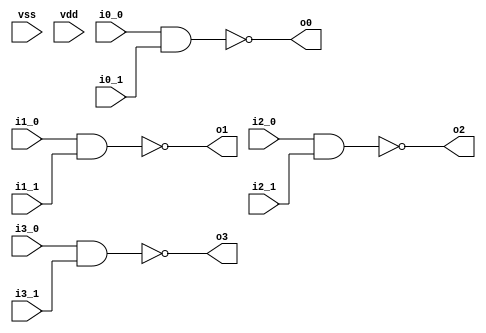
// This program was cloned from: https://github.com/revaldinho/cpc_ram_expansion
// License: GNU General Public License v3.0

/*
 * lib74.v
 * 
 * Verilog simulation models for 74 series ICs
 * 
 */

`ifdef DELAY_SIM
  `define AND2_DELAY    9
  `define NAND3_DELAY  10
  `define NAND2_DELAY   8
  `define NOR2_DELAY    8
  `define NOR3_DELAY   10
  `define OR2_DELAY    10
  `define DLAT_DELAY   15
  `define DFF_DELAY    17
`else
  `define AND2_DELAY   0
  `define NAND3_DELAY  0
  `define NAND2_DELAY  0
  `define NOR2_DELAY   0
  `define NOR3_DELAY   0
  `define OR2_DELAY    0
  `define DLAT_DELAY   0
  `define DFF_DELAY    0
`endif

// Quad nand2 74HCT00
module SN7400 (
               i0_0, i0_1, o0,
               i1_0, i1_1, o1,
               i2_0, i2_1, o2,
               i3_0, i3_1, o3,
               vss, vdd               
               );
  input i0_0, i0_1;
  input i1_0, i1_1;
  input i2_0, i2_1;
  input i3_0, i3_1;
  output o0;
  output o1;
  output o2;
  output o3;  
  input  vss, vdd;
  
  nand  #(`NAND2_DELAY) U0  ( o0, i0_0, i0_1);  
  nand  #(`NAND2_DELAY) U1  ( o1, i1_0, i1_1);  
  nand  #(`NAND2_DELAY) U2  ( o2, i2_0, i2_1);  
  nand  #(`NAND2_DELAY) U3  ( o3, i3_0, i3_1); 
endmodule

// Quad NOR2 74HCT02
module SN7402 (
               i0_0, i0_1, o0,
               i1_0, i1_1, o1,
               i2_0, i2_1, o2,
               i3_0, i3_1, o3,
               vss, vdd               
               );
  input i0_0, i0_1;
  input i1_0, i1_1;
  input i2_0, i2_1;
  input i3_0, i3_1;
  output o0;
  output o1;
  output o2;
  output o3;  
  input  vss, vdd;
  
  nor #(`NOR2_DELAY) U0  ( o0, i0_0, i0_1);  
  nor #(`NOR2_DELAY) U1  ( o1, i1_0, i1_1);  
  nor #(`NOR2_DELAY) U2  ( o2, i2_0, i2_1);  
  nor #(`NOR2_DELAY) U3  ( o3, i3_0, i3_1); 
endmodule

// Quad AND2 74HCT08
module SN7408 (
               i0_0, i0_1, o0,
               i1_0, i1_1, o1,
               i2_0, i2_1, o2,
               i3_0, i3_1, o3,
               vss, vdd               
               );
  input i0_0, i0_1;
  input i1_0, i1_1;
  input i2_0, i2_1;
  input i3_0, i3_1;
  output o0;
  output o1;
  output o2;
  output o3;  
  input  vss, vdd;
  
        
  and #(`AND2_DELAY) U0 ( o0, i0_0, i0_1);  
  and #(`AND2_DELAY) U1 ( o1, i1_0, i1_1);  
  and #(`AND2_DELAY) U2 ( o2, i2_0, i2_1);  
  and #(`AND2_DELAY) U3 ( o3, i3_0, i3_1); 
endmodule


// Triple nand3 74HCT10
module SN7410 (
               i0_0, i0_1, i0_2, o0,
               i1_0, i1_1, i1_2, o1,
               i2_0, i2_1, i2_2, o2,
               vss, vdd
               );
  input i0_0, i0_1, i0_2;
  input i1_0, i1_1, i1_2;
  input i2_0, i2_1, i2_2;
  output o0;
  output o1;
  output o2;

  input  vss, vdd;
  
  nand #(`NAND3_DELAY) U0 ( o0, i0_0, i0_1, i0_2);  
  nand #(`NAND3_DELAY) U1 ( o1, i1_0, i1_1, i1_2);  
  nand #(`NAND3_DELAY) U2 ( o2, i2_0, i2_1, i2_2);  
endmodule

// Triple NOR3 74HCT27
module SN7427 (
               i0_0, i0_1, i0_2, o0,
               i1_0, i1_1, i1_2, o1,
               i2_0, i2_1, i2_2, o2,
               vss, vdd
               );
  input i0_0, i0_1, i0_2;
  input i1_0, i1_1, i1_2;
  input i2_0, i2_1, i2_2;
  output o0;
  output o1;
  output o2;

  input  vss, vdd;
  
  nor #(`NOR3_DELAY) U0 ( o0, i0_0, i0_1, i0_2);  
  nor #(`NOR3_DELAY) U1 ( o1, i1_0, i1_1, i1_2);  
  nor #(`NOR3_DELAY) U2 ( o2, i2_0, i2_1, i2_2);  
endmodule
 
// Quad or2 74HCT32
module SN7432 (
               i0_0, i0_1, o0,
               i1_0, i1_1, o1,
               i2_0, i2_1, o2,
               i3_0, i3_1, o3,
               vss, vdd               
               );
  input i0_0, i0_1;
  input i1_0, i1_1;
  input i2_0, i2_1;
  input i3_0, i3_1;
  output o0;
  output o1;
  output o2;
  output o3;  
  input  vss, vdd;
  
  
  or #(`OR2_DELAY) U0 ( o0, i0_0, i0_1);  
  or #(`OR2_DELAY) U1 ( o1, i1_0, i1_1);  
  or #(`OR2_DELAY) U2 ( o2, i2_0, i2_1);  
  or #(`OR2_DELAY) U3 ( o3, i3_0, i3_1); 
endmodule


// Quad Latch 74HCT75
module SN7475 (
               d0, q0, qb0,
               d1, q1, qb1,
               d2, q2, qb2,
               d3, q3, qb3,
               en01, en23,               
               vss, vdd               
               );
  input d0;
  input d1;
  input d2;
  input d3;
  input en01, en23;  
  output q0, qb0;
  output q1, qb1;
  output q2, qb2;
  output q3, qb3;  
  input  vss, vdd;

  reg [1:0] q01_r;
  reg [1:0] q23_r;  

  assign {q0,q1,qb0,qb1} = {q01_r, ~q01_r};
  assign {q2,q3,qb2,qb3} = {q23_r, ~q23_r};
  
  
  always @ ( * ) 
    if ( en01 )
      q01_r <= #(`DLAT_DELAY) {d0, d1 } ;

  always @ ( * ) 
    if ( en23 ) 
      q23_r <= #(`DLAT_DELAY) {d2, d3 } ;
  
endmodule
                    
// Hex posedge triggered D-FF with clear*
module SN74174 (
                clock,
                resetb,
                d0,
                d1,
                d2,
                d3,
                d4,
                d5,              
                q0,
                q1,
                q2,
                q3,
                q4,
                q5,
                vdd, 
                vss
                );
  input clock;  
  input resetb;  
  input d0;  
  input d1;  
  input d2;
  input d3;
  input d4;
  input d5;              
  output q0;
  output q1;
  output q2;
  output q3;
  output q4;
  output q5;
  input vdd; 
  input vss;

  reg [5:0] q_r;

  assign { q5,q4,q3,q2,q1,q0}  = q_r;  
  
  always @ (posedge clock or negedge resetb )
    if ( !resetb )
      q_r = 6'b0;
    else
      q_r= #(`DFF_DELAY) { d5,d4,d3,d2,d1,d0} ;
  
endmodule // SN74174